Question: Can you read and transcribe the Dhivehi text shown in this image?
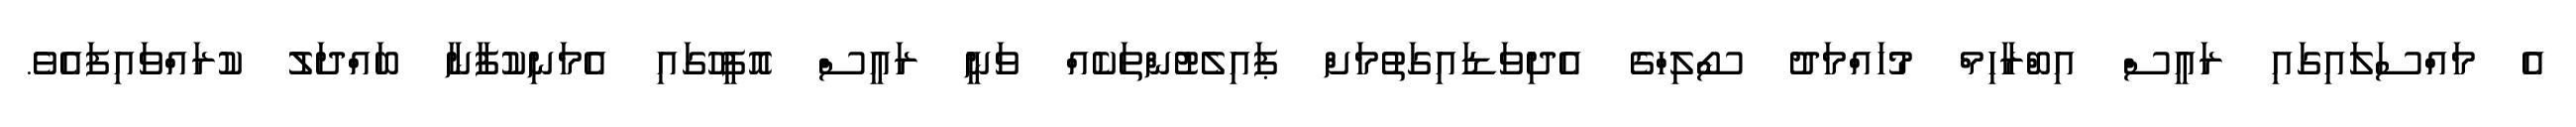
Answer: އެ މައްސަލައިގައި ރައީސް އިބްރާހިމް މުހައްމަދު ސޯލިހްގެ އެދިވަޑައިގަތުމަށް ޕައިލެޓުންތަކެއް ވަނީ ރައީސް އޮފީހުގައި އެމަނިކުފާނާ ބައްދަލު ކުރައްވައިފައެވެ.